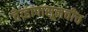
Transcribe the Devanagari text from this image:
तेव्हापासूनचीच